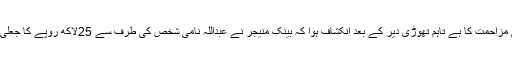
شروع شروع میں تو یہ خبریں سامنے آئیں کہ معاملہ ڈکیتی مزاحمت کا ہے تاہم تھوڑی دیر کے بعد انکشاف ہوا کہ بینک منیجر نے عبداللہ نامی شخص کی طرف سے 25لاکھ روپے کا جعلی چیک پکڑ لیا تھا جو وہ کیش کرانے کی کوشش کر رہا تھا۔